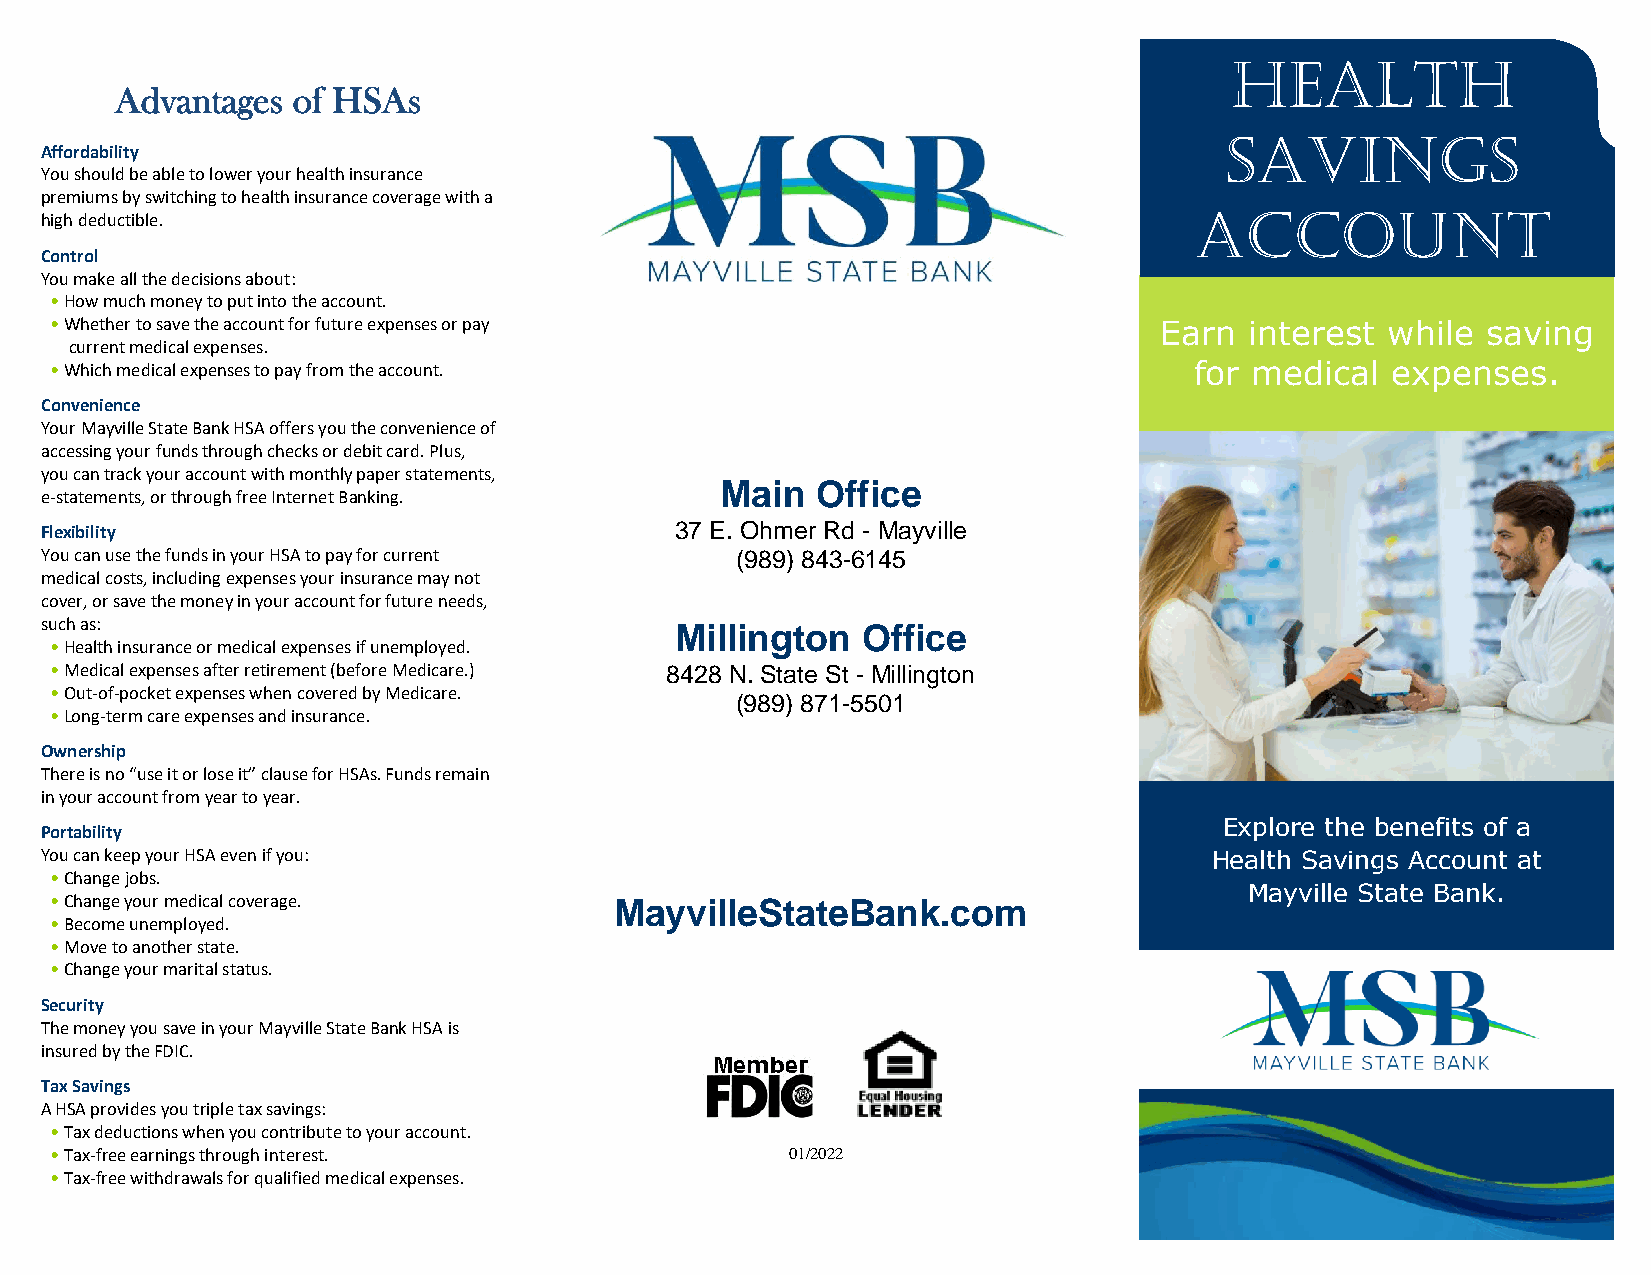
Health
 Advantages of HSAs
 Savings
 Affordability
 You should be able to lower your health insurance
 premiums by switching to health insurance coverage with a                   Account
 high deductible.
 Control
 You make all the decisions about:
 • How much money to put into the account.
 • Whether to save the account for future expenses or pay                  Earn  interest while saving
 current medical expenses.
 • Which medical expenses to pay from the account.                           for medical  expenses.
 Convenience
 Your Mayville State Bank HSA offers you the convenience of
 accessing your funds through checks or debit card. Plus,
 you can track your account with monthly paper statements,
 Main  Office
 e-statements, or through free Internet Banking.
 Flexibility                               37 E. Ohmer Rd - Mayville
 You can use the funds in your HSA to pay for current (989) 843-6145
 medical costs, including expenses your insurance may not
 cover, or save the money in your account for future needs,
 such as:                                  Millington  Office
 • Health insurance or medical expenses if unemployed.
 • Medical expenses after retirement (before Medicare.) 8428 N. State St - Millington
 • Out-of-pocket expenses when covered by Medicare.
 (989) 871-5501
 • Long-term care expenses and insurance.
 Ownership
 There is no “use it or lose it” clause for HSAs. Funds remain Supermarket Office
 in your account from year to year.
 Explore the benefits of a
 Portability
 You can keep your HSA even if you:                                           Health Savings Account at
 • Change jobs.
 Mayville State Bank.
 • Change your medical coverage.       MayvilleStateBank.com
 • Become unemployed.
 • Move to another state.
 • Change your marital status.
 Security
 The money you save in your Mayville State Bank HSA is
 insured by the FDIC.
 Tax Savings
 A HSA provides you triple tax savings:
 • Tax deductions when you contribute to your account.
 • Tax-free earnings through interest.            01/2022
 • Tax-free withdrawals for qualified medical expenses.